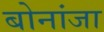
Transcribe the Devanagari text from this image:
बोनांजा